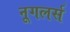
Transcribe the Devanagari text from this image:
नूगलर्स